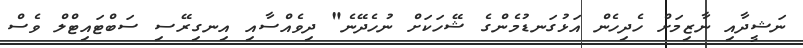
ނަޝީދާއި ނާޒިމަށް ހެދިހެން އަޅުގަނޑުމެންގެ ޝޭހަކަށް ނުހެދޭނެ" ދިވެއްސާއި އިނގިރޭސި ސަބްޓައިޓްލް ވެސް